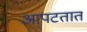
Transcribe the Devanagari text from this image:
आपटतात